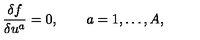
\frac { \delta f } { \delta u ^ { a } } = 0 , \qquad a = 1 , \ldots , A ,